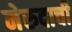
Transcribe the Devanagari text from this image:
नेरुदाची